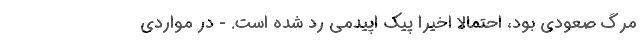
مرگ صعودی بود، احتمالاً اخیراً پیک اپیدمی رد شده است. - در مواردی